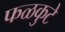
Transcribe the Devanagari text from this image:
फळकुटे